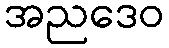
အညဒေဝ